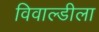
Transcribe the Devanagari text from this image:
विवाल्डीला